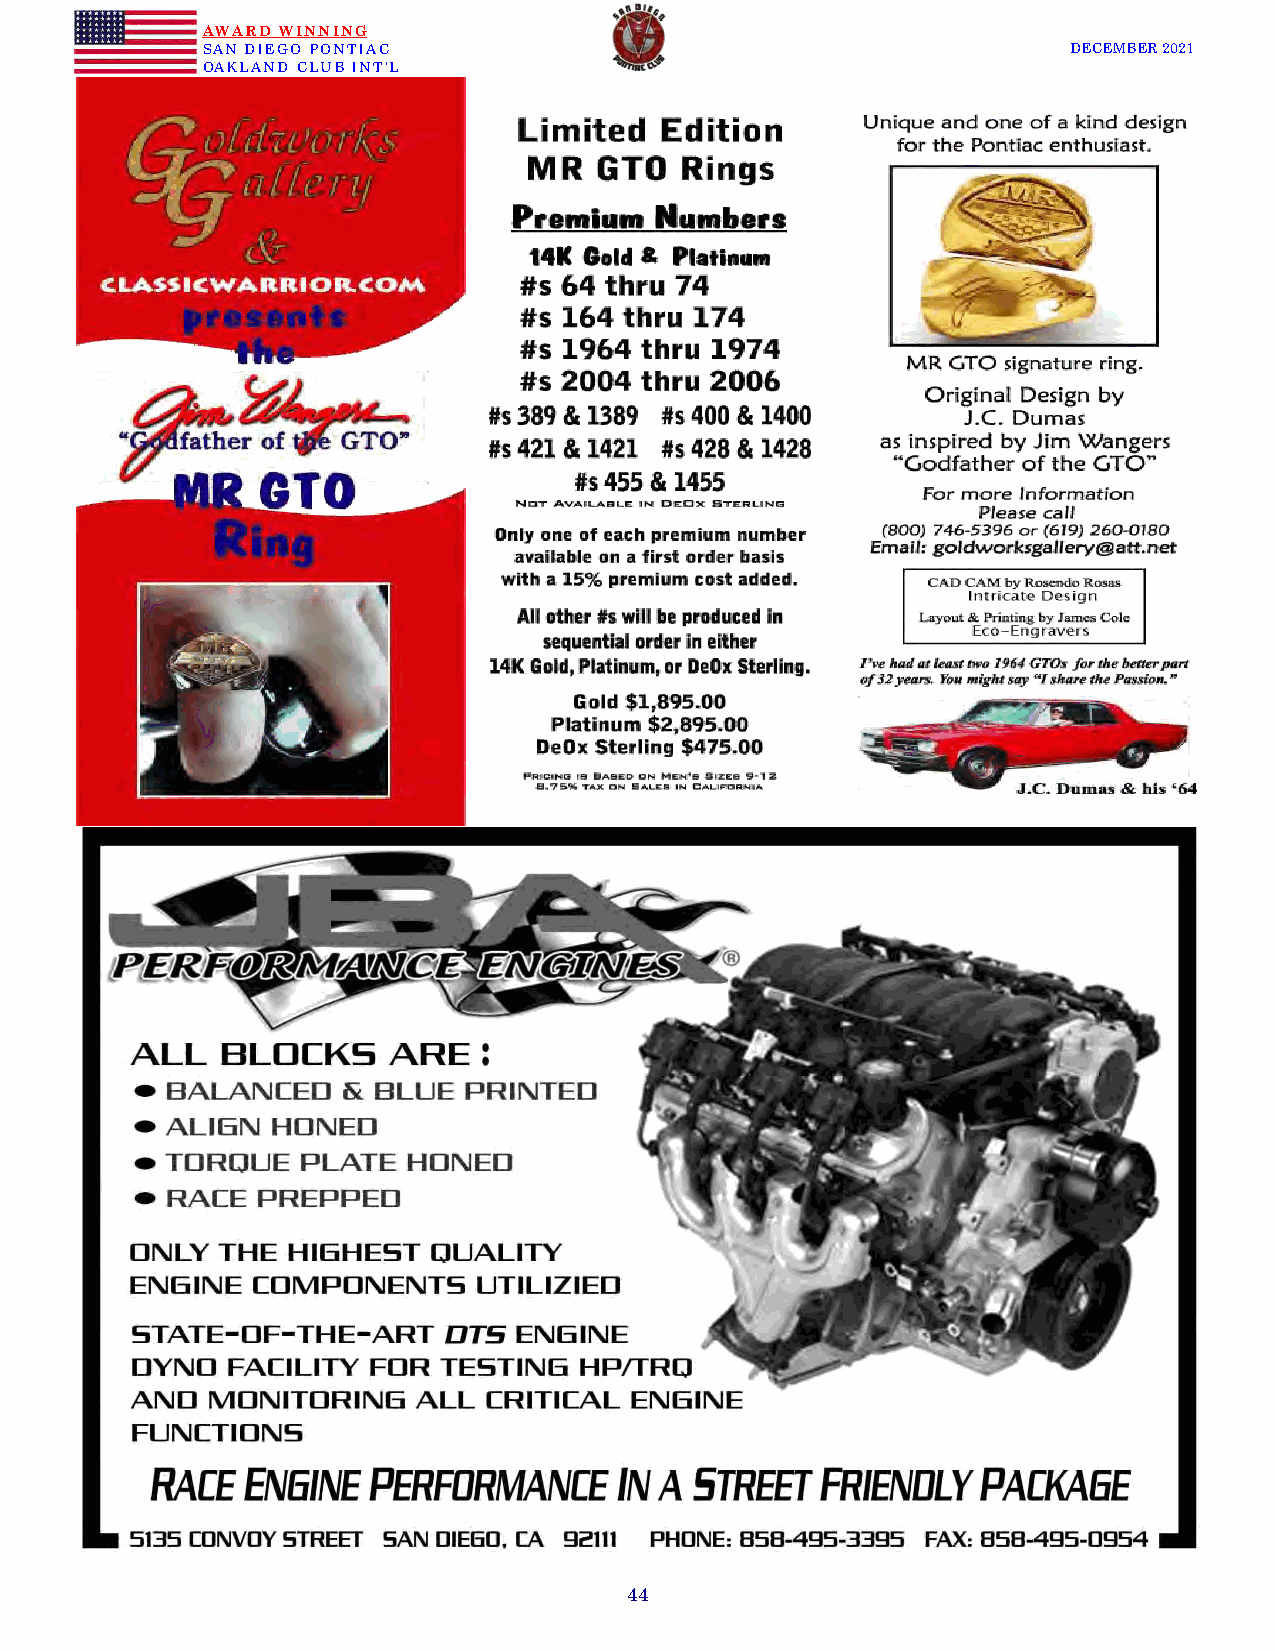
AWARD WINNING
 SAN DIEGO PONTIAC                                         DECEMBER 2021
 OAKLAND CLUB INT’L
 44